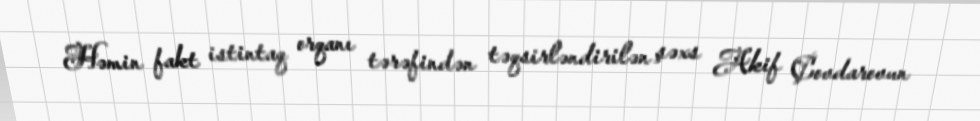
Həmin fakt istintaq orqanı tərəfindən təqsirləndirilən şəxs Akif Çovdarovun